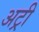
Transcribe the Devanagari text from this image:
अट्री